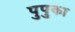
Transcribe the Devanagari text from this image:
पुपुका